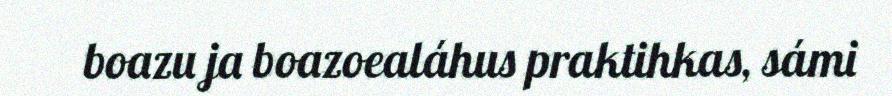
boazu ja boazoealáhus praktihkas, sámi